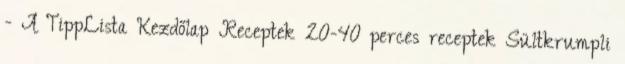
- A TippLista Kezdőlap Receptek 20-40 perces receptek Sültkrumpli